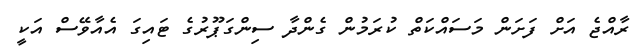
ރާއްޖެ އަށް ފަށަން މަސައްކަތް ކުރަމުން ގެންދާ ސިންގަޕޫރުގެ ޓައިގަ އެއާވޭސް އަކީ